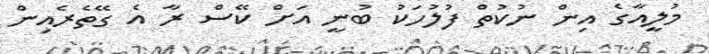
މުލީއާގެ އިން ނުކުތް ފުލުހަކު ބުނީ އަށް ކޭސް ރާ އެ ގޭތެރެއިން